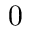
0